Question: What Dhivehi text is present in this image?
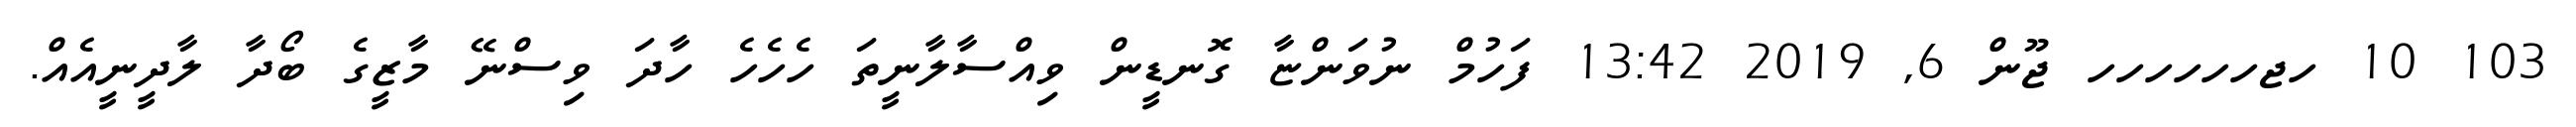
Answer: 103 10 ހޖހހހހހހ ޖޫން 6, 2019 13:42 ފަހުމް ނުވަންޏާ ގޮނޑީން ވިއްސާލާނީތަ ހެހެހެ ހާދަ ވިސްނޭ މާޒީގެ ބޯދާ ލާދީނީއެއް.